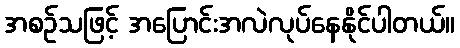
အစဉ်သဖြင့် အပြောင်းအလဲလုပ်နေနိုင်ပါတယ်။